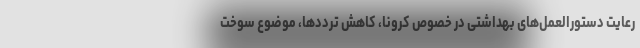
رعایت دستورالعمل‌های بهداشتی در خصوص کرونا، کاهش ترددها، موضوع سوخت